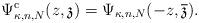
LaTeX: \begin{align*}\Psi_{\kappa,n,N}^{\operatorname{c}}(z,\mathfrak{z})=\Psi_{\kappa,n,N} (-z,\overline{\mathfrak{z}}).\end{align*}